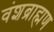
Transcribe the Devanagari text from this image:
वंशब्राह्मण